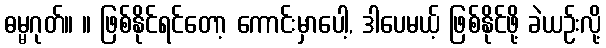
ဓမ္မဂုတ်။ ။ ဖြစ်နိုင်ရင်တော့ ကောင်းမှာပေါ့, ဒါပေမယ့် ဖြစ်နိုင်ဖို့ ခဲယဉ်းလို့